Civil Veterinary Department. Madras. Admin. report 1926-33 - 1926-1933
Year: 1926
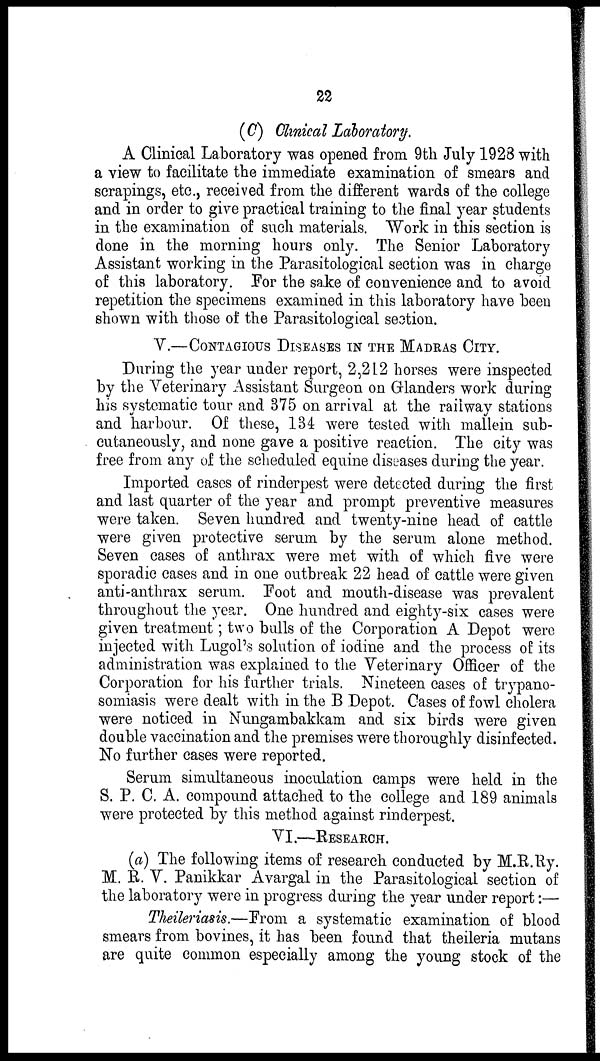
22
(C) Clinical Laboratory.
A Clinical Laboratory was opened from 9th July 1928 with
a view to facilitate the immediate examination of smears and
scrapings, etc., received from the different wards of the college
and in order to give practical training to the final year students
in the examination of such materials. Work in this section is
done in the morning hours only. The Senior Laboratory
Assistant working in the Parasitological section was in charge
of this laboratory. For the sake of convenience and to avoid
repetition the specimens examined in this laboratory have been
shown with those of the Parasitological section.
V.—CONTAGIOUS DISEASES IN THE MADRAS CITY.
During the year under report, 2,212 horses were inspected
by the Veterinary Assistant Surgeon on Glanders work during
his systematic tour and 375 on arrival at the railway stations
and harbour. Of these, 134 were tested with mallein sub-
cutaneously, and none gave a positive reaction. The city was
free from any of the scheduled equine diseases during the year.
Imported cases of rinderpest were detected during the first
and last quarter of the year and prompt preventive measures
were taken. Seven hundred and twenty-nine head of cattle
were given protective serum by the serum alone method.
Seven cases of anthrax were met with of which five were
sporadic cases and in one outbreak 22 head of cattle were given
anti-anthrax serum. Foot and mouth-disease was prevalent
throughout the year. One hundred and eighty-six cases were
given treatment; two bulls of the Corporation A Depot were
injected with Lugol's solution of iodine and the process of its
administration was explained to the Veterinary Officer of the
Corporation for his further trials. Nineteen cases of trypano-
somiasis were dealt with in the B Depot. Cases of fowl cholera
were noticed in Nungambakkam and six birds were given
double vaccination and the premises were thoroughly disinfected.
No further cases were reported.
Serum simultaneous inoculation camps were held in the
S. P. C. A. compound attached to the college and 189 animals
were protected by this method against rinderpest.
VI.—RESEARCH.
(a) The following items of research conducted by M.R.Ry.
M. R. V. Panikkar Avargal in the Parasitological section of
the laboratory were in progress during the year under report:—
Theileriasis.—From a systematic examination of blood
smears from bovines, it has been found that theileria mutans
are quite common especially among the young stock of the